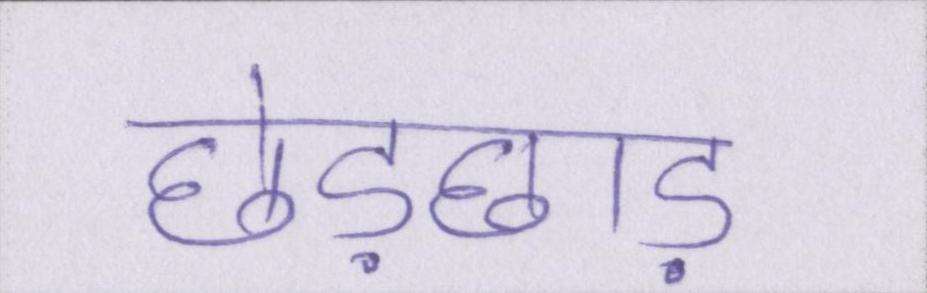
छेड़छाड़